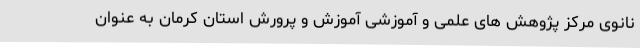
نانوی مرکز پژوهش های علمی و آموزشی آموزش و پرورش استان کرمان به عنوان